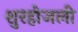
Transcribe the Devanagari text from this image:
शुरहोजली